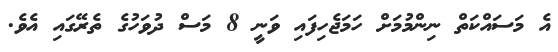
އެ މަސައްކަތް ނިންމުމަށް ހަމަޖެހިފައި ވަނީ 8 މަސް ދުވަހުގެ ތެރޭގައި އެވެ.